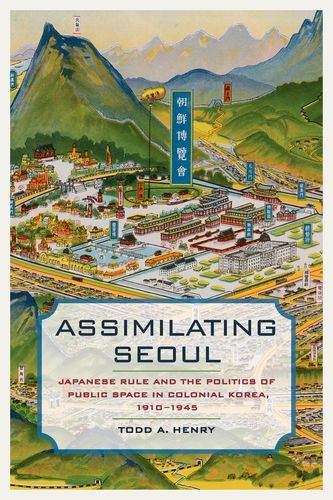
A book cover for Assimilating Seoul: Japanese Rule and the Politics of Public Space in Colonial Korea, 1910-1945 (Asia Pacific Modern); Todd A. Henry; History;